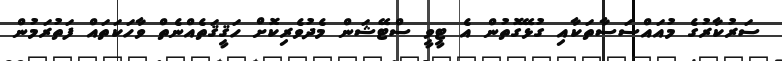
ސަރުކާރުގެ މުއައްސަސާތަކާއި ގުޅޭގޮތުން އެ ޓީވީ ސްޓޭޝަން މެދުވެރިކޮށް ހަޤީޤަތެއްނެތް ވާހަކަތައް ފަތުރަމުން